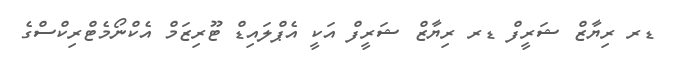
ޑރ ރިޔާޒް ޝަރީފް ޑރ ރިޔާޒް ޝަރީފް އަކީ އެޕްލައިޑް ޓޫރިޒަމް އެކްނޯމެޓްރިކްސްގެ